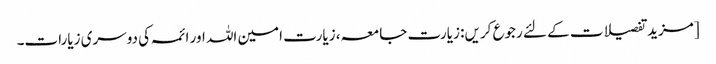
[مزید تفصیلات کے لئے رجوع کریں: زیارت جامعہ، زیارت امین اللہ اور ائمہ کی دوسری زیارات۔